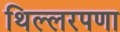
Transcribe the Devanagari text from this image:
थिल्लरपणा